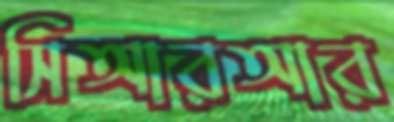
সিআরআর